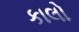
કાલો